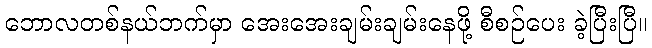
ဘောလတစ်နယ်ဘက်မှာ အေးအေးချမ်းချမ်းနေဖို့ စီစဉ်ပေး ခဲ့ပြီးပြီ။